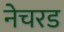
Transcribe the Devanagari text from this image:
नेचरड